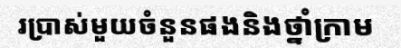
រប្រាស់មួយចំនួនផងនិងថ្នាំក្រាម